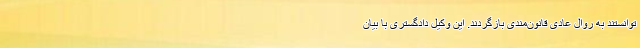
‌توانستند به روال عادی قانون‌مندی بازگردند. این وکیل دادگستری با بیان